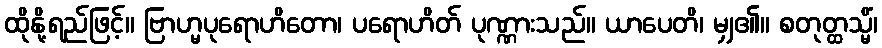
ထိုနို့ရည်ဖြင့်။ ဗြာဟ္မပုရောဟိတော၊ ပရောဟိတ် ပုဏ္ဏားသည်။ ယာပေတိ၊ မျှ၏။ စတုတ္ထသ္မိံ၊